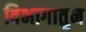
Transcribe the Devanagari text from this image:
विभागातुन